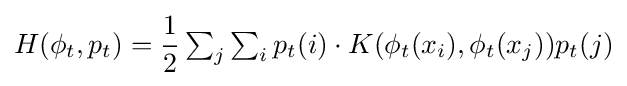
H(\phi _{t},p_{t})={\frac {1}{2}}\textstyle \sum _{j}\sum _{i}\displaystyle p_{t}(i)\cdot K(\phi _{t}(x_{i}),\phi _{t}(x_{j}))p_{t}(j)